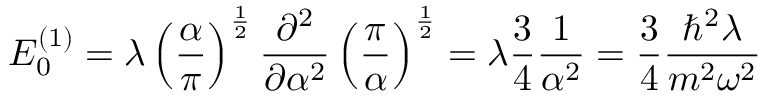
E _ { 0 } ^ { ( 1 ) } = \lambda \left( { \frac { \alpha } { \pi } } \right) ^ { \frac { 1 } { 2 } } { \frac { \partial ^ { 2 } } { \partial \alpha ^ { 2 } } } \left( { \frac { \pi } { \alpha } } \right) ^ { \frac { 1 } { 2 } } = \lambda { \frac { 3 } { 4 } } { \frac { 1 } { \alpha ^ { 2 } } } = { \frac { 3 } { 4 } } { \frac { \hbar ^ { 2 } \lambda } { m ^ { 2 } \omega ^ { 2 } } }